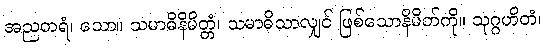
အညတရံ၊ သော။ သမာဓိနိမိတ္တံ၊ သမာဓိသာလျှင် ဖြစ်သောနိမိတ်ကို။ သုဂ္ဂဟိတံ၊